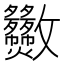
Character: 𣀿